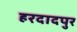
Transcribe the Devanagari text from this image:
हरदादपुर